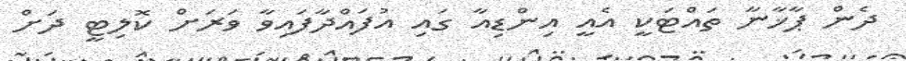
ދެން ޕާޚާނާ ތައްޓަކީ އެއީ އިންޑިއާ ގައި އުފައްދާފައިވާ ވަރަށް ކޮލިޓީ ދަށް